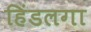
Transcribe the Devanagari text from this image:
हिंडलगा